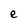
Character: e